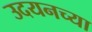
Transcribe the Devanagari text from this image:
उदयनच्या